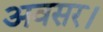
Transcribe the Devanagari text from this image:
अवसर।